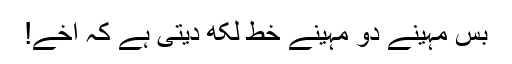
بس مہینے دو مہینے خط لکھ دیتی ہے کہ اخے!